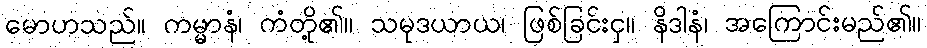
မောဟသည်။ ကမ္မာနံ၊ ကံတို့၏။ သမုဒယာယ၊ ဖြစ်ခြင်းငှ။ နိဒါနံ၊ အကြောင်းမည်၏။